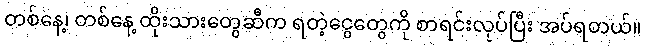
တစ်နေ့၊ တစ်နေ့ ထိုးသားတွေဆီက ရတဲ့ငွေတွေကို စာရင်းလုပ်ပြီး အပ်ရတယ်။